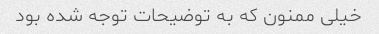
خیلی ممنون که به توضیحات توجه شده بود